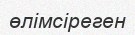
өлімсіреген